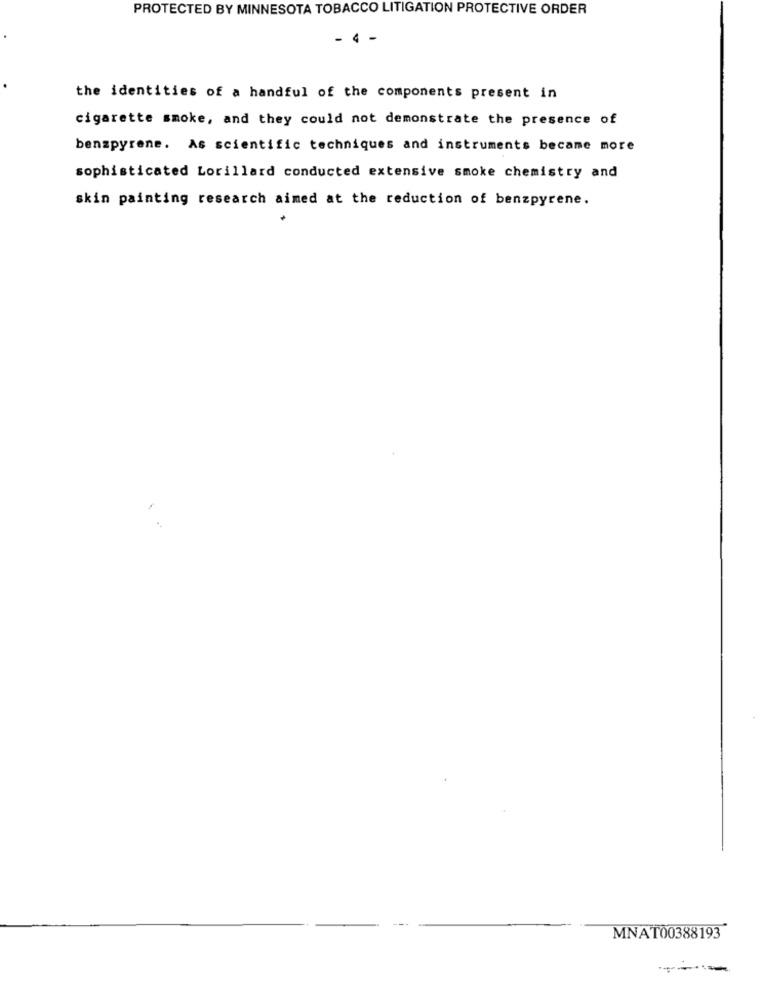
PROTECTED BY MINNESOTA TOBACCO LITIGATION PROTECTIVE ORDER
- 4 -
the identities of a handful of the components present in
cigarette smoke, and they could not demonstrate the presence of
benzpyrene. As scientific techniques and instruments became more
sophisticated Lorillard conducted extensive smoke chemistry and
skin painting research aimed at the reduction of benzpyrene.
MNAT00388193
-----